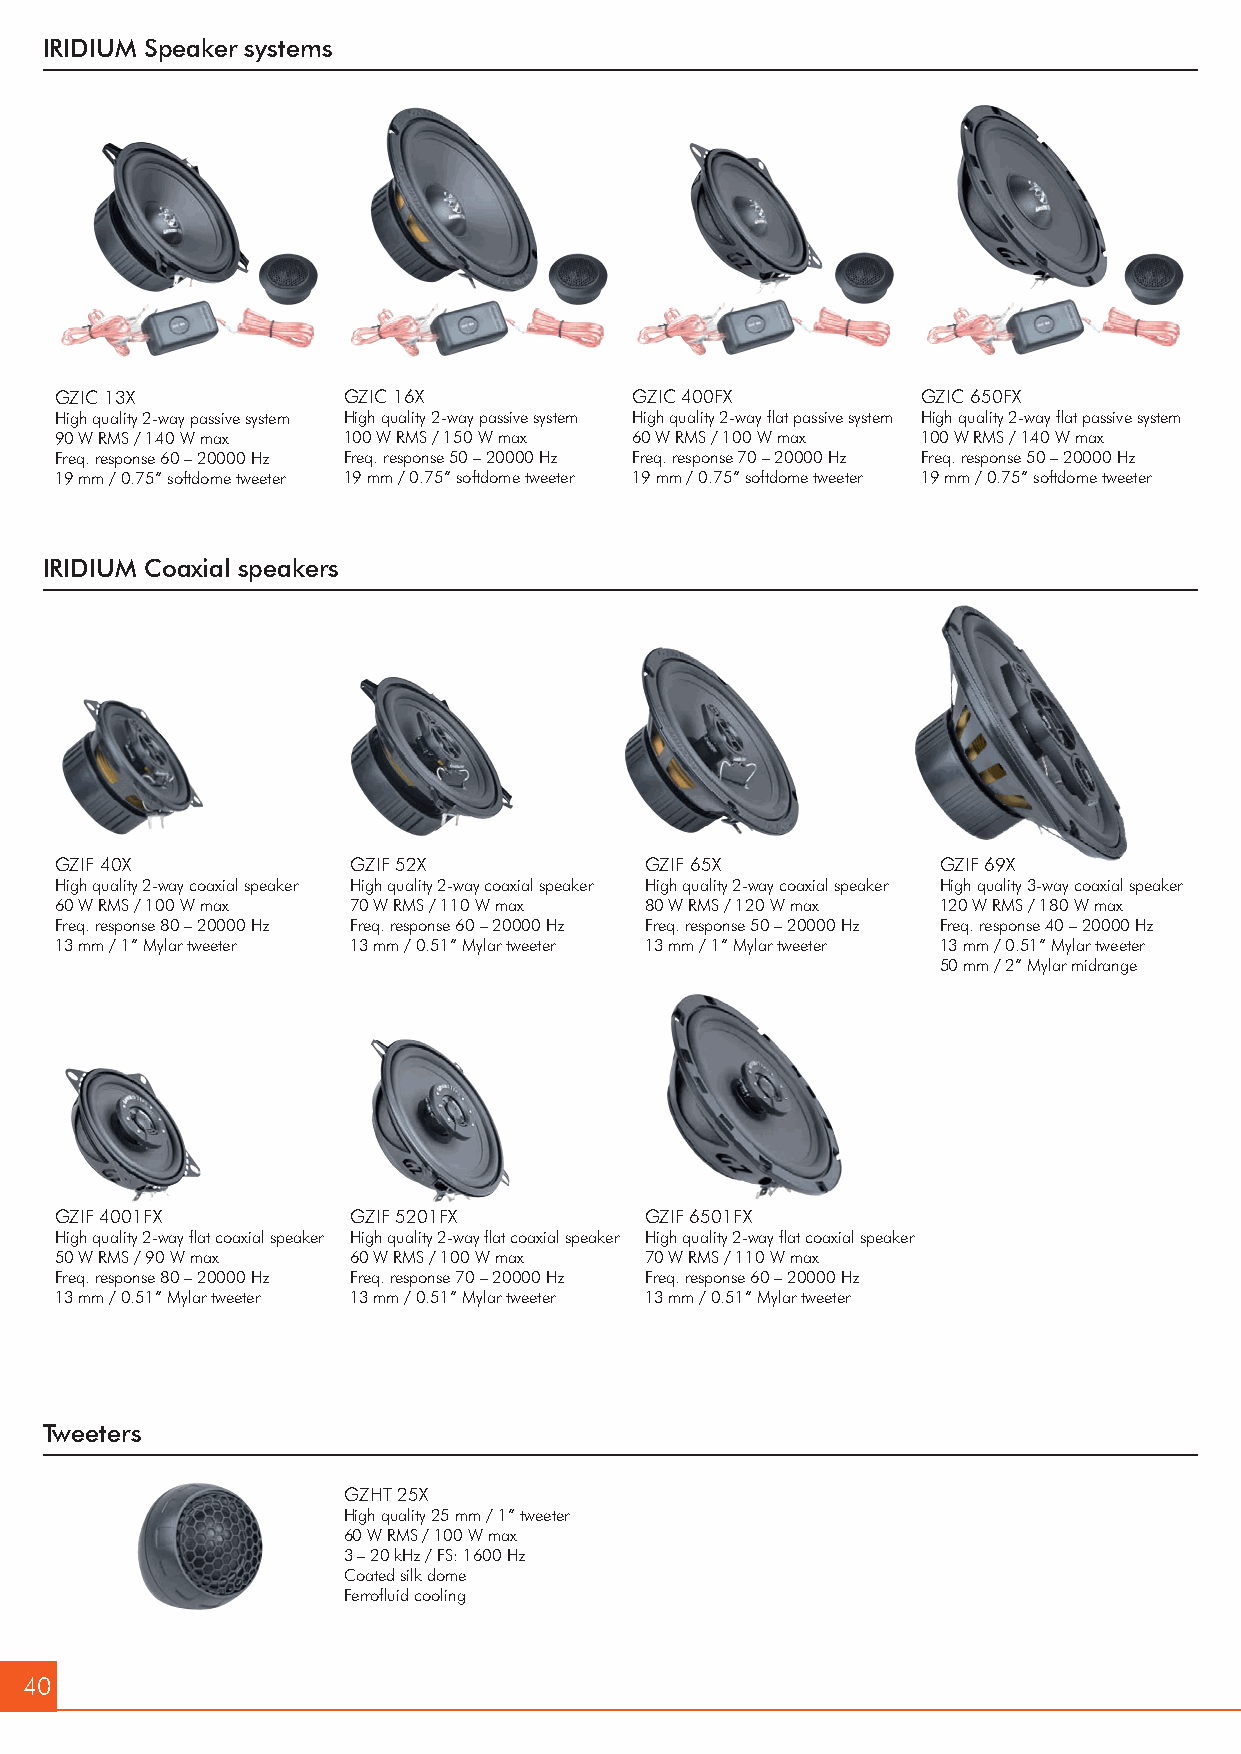
IRIDIUM Speaker systems
 GZIC 13X           GZIC 16X           GZIC 400FX         GZIC 650FX
 High quality 2-way passive system High quality 2-way passive system High quality 2-way flat passive system High quality 2-way flat passive system
 90 W RMS / 140 W max 100 W RMS / 150 W max 60 W RMS / 100 W max 100 W RMS / 140 W max
 Freq. response 60 – 20000 Hz Freq. response 50 – 20000 Hz Freq. response 70 – 20000 Hz Freq. response 50 – 20000 Hz
 19 mm / 0.75” softdome tweeter 19 mm / 0.75” softdome tweeter 19 mm / 0.75” softdome tweeter 19 mm / 0.75” softdome tweeter
 IRIDIUM Coaxial speakers
 GZIF 40X           GZIF 52X            GZIF 65X           GZIF 69X
 High quality 2-way coaxial speaker High quality 2-way coaxial speaker High quality 2-way coaxial speaker High quality 3-way coaxial speaker
 60 W RMS / 100 W max 70 W RMS / 110 W max 80 W RMS / 120 W max 120 W RMS / 180 W max
 Freq. response 80 – 20000 Hz Freq. response 60 – 20000 Hz Freq. response 50 – 20000 Hz Freq. response 40 – 20000 Hz
 13 mm / 1” Mylar tweeter 13 mm / 0.51” Mylar tweeter 13 mm / 1” Mylar tweeter 13 mm / 0.51” Mylar tweeter
 50 mm / 2” Mylar midrange
 GZIF 4001FX        GZIF 5201FX         GZIF 6501FX
 High quality 2-way flat coaxial speaker High quality 2-way flat coaxial speaker High quality 2-way flat coaxial speaker
 50 W RMS / 90 W max 60 W RMS / 100 W max 70 W RMS / 110 W max
 Freq. response 80 – 20000 Hz Freq. response 70 – 20000 Hz Freq. response 60 – 20000 Hz
 13 mm / 0.51” Mylar tweeter 13 mm / 0.51” Mylar tweeter 13 mm / 0.51” Mylar tweeter
 Tweeters
 GZHT 25X
 High quality 25 mm / 1” tweeter
 60 W RMS / 100 W max
 3 – 20 kHz / FS: 1600 Hz
 Coated silk dome
 Ferrofluid cooling
 40